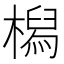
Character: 𣚔